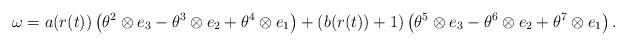
LaTeX: \begin{align*} \omega=a(r(t))\left(\theta^{2}\otimes e_{3}-\theta^{3}\otimes e_{2}+\theta^{4}\otimes e_{1}\right)+\left(b(r(t))+1\right)\left(\theta^{5}\otimes e_{3}-\theta^{6}\otimes e_{2}+\theta^{7}\otimes e_{1}\right).\end{align*}